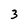
Character: 3